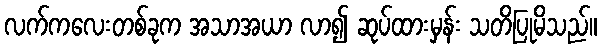
လက်ကလေးတစ်ခုက အသာအယာ လာ၍ ဆုပ်ထားမှန်း သတိပြုမိသည်။